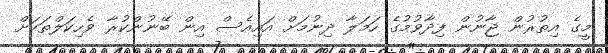
މީގެ އިތުރުން ޖާނުން ފިދާވުމުގެ ހަމަލާ ދިނުމަށް އައިއެސް އިން ބޭނުންކުރާ ވެހިކަލްތަކަށް